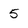
Character: 5